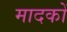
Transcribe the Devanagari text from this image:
मादकों